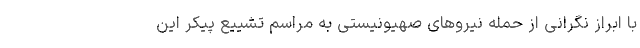
با ابراز نگرانی از حمله نیروهای صهیونیستی به مراسم تشییع پیکر این